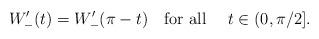
LaTeX: \begin{align*}W_{-}'(t)=W_{-}'(\pi-t) \quad{\mbox{for all }} \quad{t\in (0,\pi/2].}\end{align*}